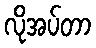
လိုအပ်တာ